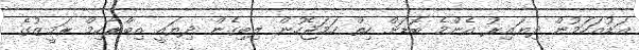
އަޑުއަހަމުން ދިޔައިރު އެންމެ ބޮޑަށް ހިތް ހަމަޖެހުން ލިބިގެން ދިޔައީ އިބްރާހިމް ރަމީޒުގެ